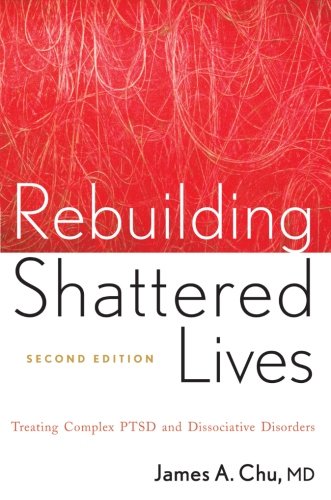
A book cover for Rebuilding Shattered Lives: Treating Complex PTSD and Dissociative Disorders; James A. Chu; Health, Fitness & Dieting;